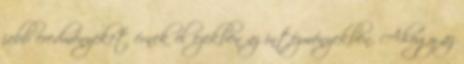
jobb eredményeket érnek el ezekben az intézményekben. Ahogy az